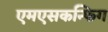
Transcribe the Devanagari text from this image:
एमएसकन्फिग